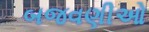
બજવણીઓ